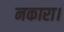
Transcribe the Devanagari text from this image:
नकारा।